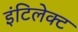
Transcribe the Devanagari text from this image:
इंटिलेक्ट